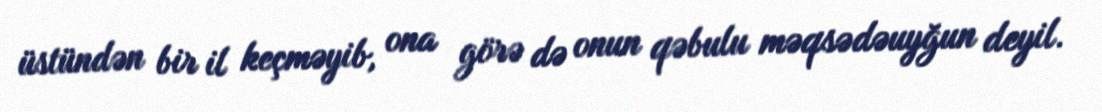
üstündən bir il keçməyib, ona görə də onun qəbulu məqsədəuyğun deyil.